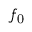
f _ { \mathrm { 0 } }